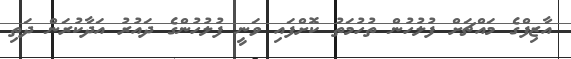
އާޒިފްގެ މައްޗަށް ފުލުހުން ތުހުމަތު ކޮށްފައި ވަނީ ފުލުހުންގެ ދައުރު އަދާކުރަން ދަތި